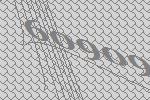
60909